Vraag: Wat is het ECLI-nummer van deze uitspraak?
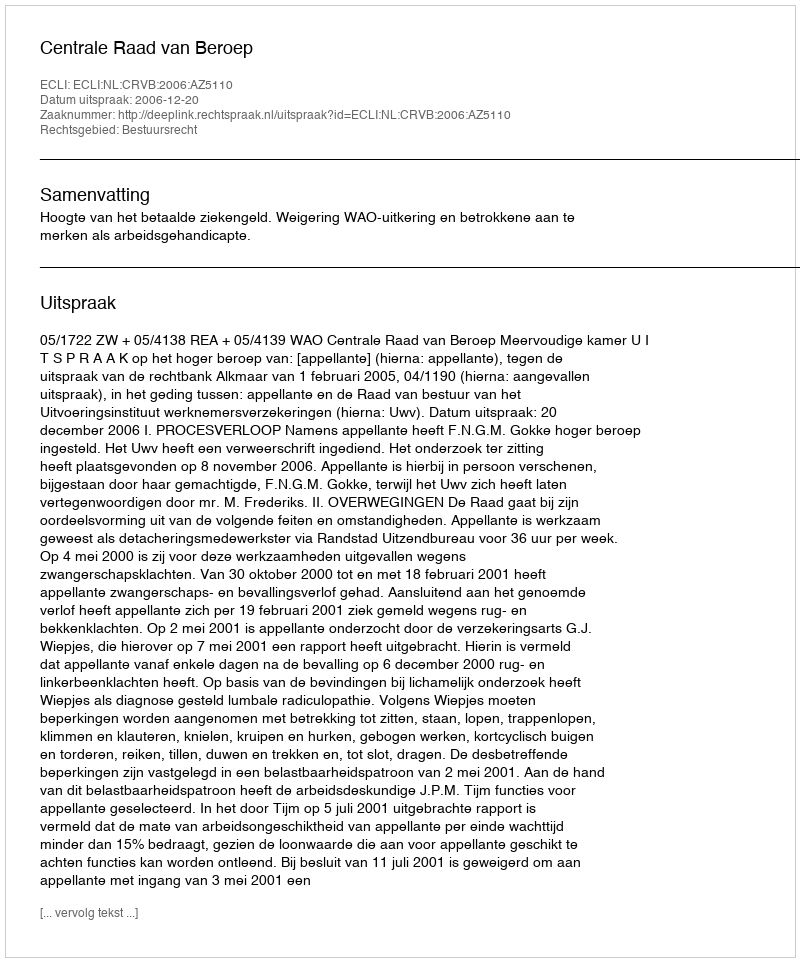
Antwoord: ECLI:NL:CRVB:2006:AZ5110